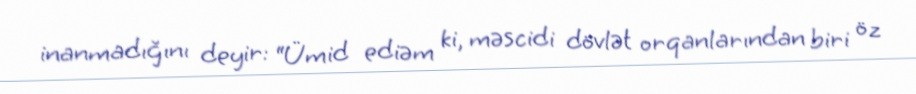
inanmadığını deyir: “Ümid ediəm ki, məscidi dövlət orqanlarından biri öz